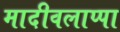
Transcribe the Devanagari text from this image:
मादीवलाप्पा